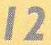
12